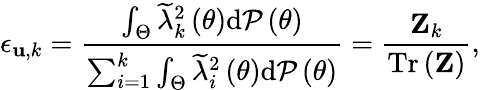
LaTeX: \epsilon_{{\mathbf u},k}=\frac{\int_{\Theta}{\widetilde\lambda}_{k}^{2}\left(\theta\right)\mathrm{d}{\cal P}\left(\theta\right)}{\sum_{i=1}^{k}\int_{\Theta}{\widetilde\lambda}_{i}^{2}\left(\theta\right)\mathrm{d}{\cal P}\left(\theta\right)}=\frac{{\mathbf{Z}}_{k}}{{\mathrm{Tr}}\left({\mathbf{Z}}\right)},